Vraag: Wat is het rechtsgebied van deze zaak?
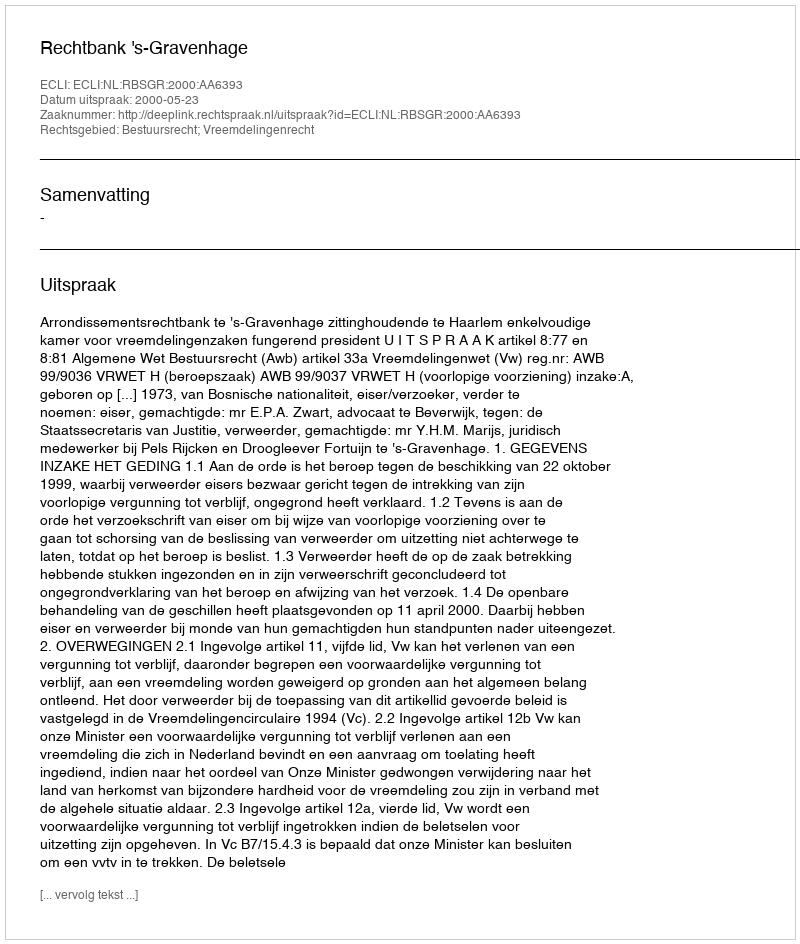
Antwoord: Bestuursrecht; Vreemdelingenrecht